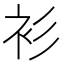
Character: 衫